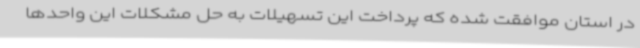
در استان موافقت شده که پرداخت این تسهیلات به حل مشکلات این واحدها